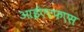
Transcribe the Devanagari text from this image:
आईएएफएस